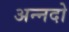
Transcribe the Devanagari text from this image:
अन्नदो